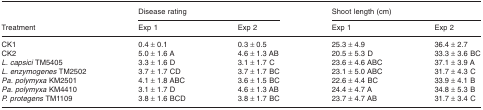
| <ROWSPAN=2> Treatment | <COLSPAN=2> Disease rating | <COLSPAN=2> Shoot length (cm) |
 | Exp 1 | Exp 2 | Exp 1 | Exp 2 |
 | --- | --- | --- | --- | --- |
 | CK1 | 0.4 ± 0.1 | 0.3 ± 0.5 | 25.3 ± 4.9 | 36.4 ± 2.7 |
 | CK2 | 5.0 ± 1.6 A | 4.6 ± 1.3 AB | 20.5 ± 5.3 D | 33.3 ± 3.6 BC |
 | L. capsici TM5405 | 3.3 ± 1.6 D | 3.1 ± 1.7 C | 23.6 ± 4.6 ABC | 37.1 ± 3.9 A |
 | L. enzymogenes TM2502 | 3.7 ± 1.7 CD | 3.7 ± 1.7 BC | 23.1 ± 5.0 ABC | 31.7 ± 4.3 C |
 | Pa. polymyxa KM2501 | 4.1 ± 1.8 ABC | 3.6 ± 1.5 BC | 22.6 ± 4.4 BC | 33.9 ± 4.1 B |
 | Pa. polymyxa KM4410 | 3.1 ± 1.7 D | 4.6 ± 1.3 AB | 24.4 ± 4.7 A | 34.8 ± 5.3 B |
 | P. protegens TM1109 | 3.8 ± 1.6 BCD | 3.8 ± 1.7 BC | 23.7 ± 4.7 AB | 31.7 ± 3.4 C |